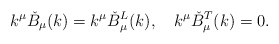
\begin{align*}k^{\mu}\check{B}_{\mu}(k)=k^{\mu}\check{B}_{\mu}^L(k), \quad k^{\mu}\check{B}_{\mu}^T(k)=0.\end{align*}